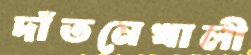
দাঁতনেখালী